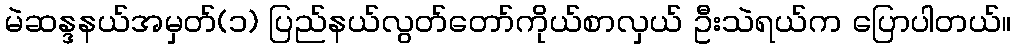
မဲဆန္ဒနယ်အမှတ်(၁) ပြည်နယ်လွတ်တော်ကိုယ်စာလှယ် ဦးသဲရယ်က ပြောပါတယ်။